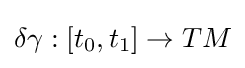
\delta \gamma :[t_{0},t_{1}]\to TM